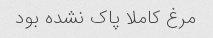
مرغ کاملا پاک نشده بود